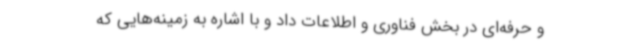
و حرفه‌ای در بخش فناوری و اطلاعات داد و با اشاره به زمینه‌هایی که